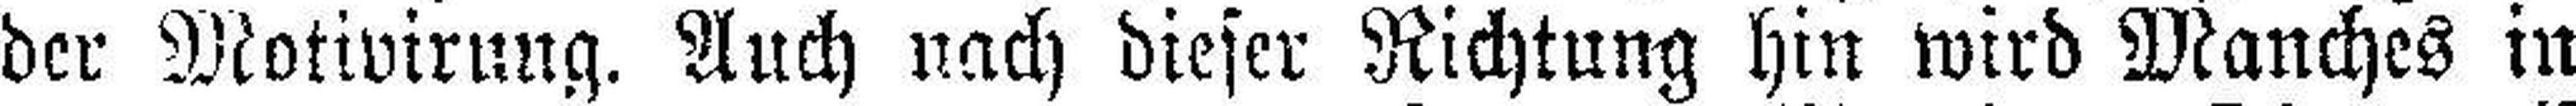
der Motivirung. Auch nach dieser Richtung hin wird Manches in